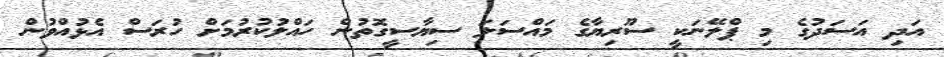
އަދި އަސަދުގެ މި ޕްލޭނަކީ ސޫރިޔާގެ މައްސަލަ ސިޔާސީގޮތުން ހައްލުކުރުމަށް ހުރަސް އެޅުއްވުން